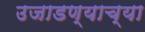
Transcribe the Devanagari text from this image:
उजाडण्याच्या